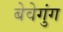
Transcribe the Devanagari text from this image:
बेवेगुंग